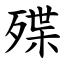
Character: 殜